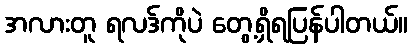
အလားတူ ရလဒ်ကိုပဲ တွေ့ရှိရပြန်ပါတယ်။